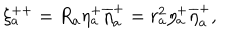
\xi _ { a } ^ { + + } = R _ { a } \eta _ { a } ^ { + } \overline { { { \eta } } } _ { a } ^ { + } = r _ { a } ^ { 2 } \eta _ { a } ^ { + } \overline { { { \eta } } } _ { a } ^ { + } ,